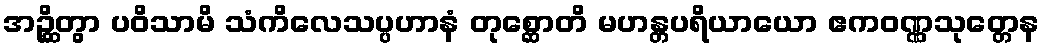
အဉ္ဆိတွာ ပဝိသာမိ သံကိလေသပ္ပဟာနံ တုစ္ဆောတိ မဟန္တပရိယာယော ဧကဝဏ္ဏသုတ္တေန